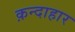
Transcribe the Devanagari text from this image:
क़न्दाहार